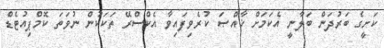
ކަށީގެ ބަރުދަން ބަލާނީ އެކަމަށް ޚާއްޞަ ކުރެވިފައިވާ އެކްސްރޭ ތަކަކުން ނުވަތަ ކޮމްޕިއުޓެޑް